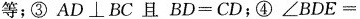
等；③AD\bot BC且BD=CD；④\bot BDE=